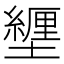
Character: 𫮸